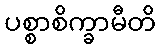
ပစ္စာစိက္ခာမီတိ